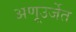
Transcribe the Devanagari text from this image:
अणूउर्जेत